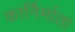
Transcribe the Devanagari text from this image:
कार्निर्माता